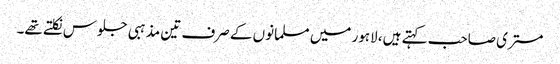
مستری صاحب کہتے ہیں، لاہور میں مسلمانوں کے صرف تین مذہبی جلوس نکلتے تھے۔